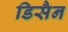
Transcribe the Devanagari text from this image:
डिसैन